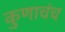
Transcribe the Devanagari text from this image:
कुणाचंच